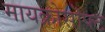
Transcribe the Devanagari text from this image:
मायक्रोसॊफ्ट